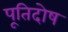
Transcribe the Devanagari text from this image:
पूतिदोष